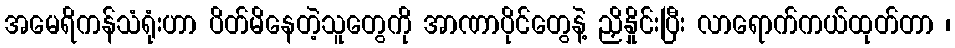
အမေရိကန်သံရုံးဟာ ပိတ်မိနေတဲ့သူတွေကို အာဏာပိုင်တွေနဲ့ ညှိနှိုင်းပြီး လာရောက်ကယ်ထုတ်တာ ၊